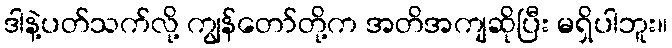
ဒါနဲ့ပတ်သက်လို့ ကျွန်တော်တို့က အတိအကျဆိုပြီး မရှိပါဘူး။